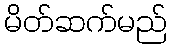
မိတ်ဆက်မည်